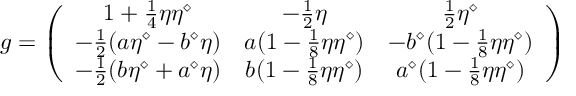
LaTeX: g = \left( \begin{array} { c c c } { { 1 + { \frac { 1 } { 4 } } \eta \eta ^ { \diamond } } } & { { - { \frac { 1 } { 2 } } \eta } } & { { { \frac { 1 } { 2 } } \eta ^ { \diamond } } } \\ { { - { \frac { 1 } { 2 } } ( a \eta ^ { \diamond } - b ^ { \diamond } \eta ) } } & { { a ( 1 - { \frac { 1 } { 8 } } \eta \eta ^ { \diamond } ) } } & { { - b ^ { \diamond } ( 1 - { \frac { 1 } { 8 } } \eta \eta ^ { \diamond } ) } } \\ { { - { \frac { 1 } { 2 } } ( b \eta ^ { \diamond } + a ^ { \diamond } \eta ) } } & { { b ( 1 - { \frac { 1 } { 8 } } \eta \eta ^ { \diamond } ) } } & { { a ^ { \diamond } ( 1 - { \frac { 1 } { 8 } } \eta \eta ^ { \diamond } ) } } \end{array} \right)